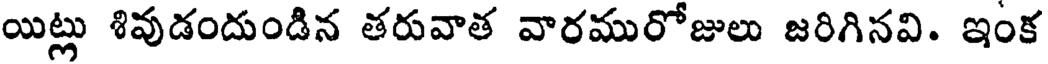
యిట్లు శివుడందుండిన తరువాత వారమురోజులు జరిగినవి. ఇంక